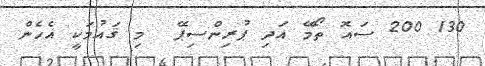
130 200 ސައޮ ތޯމޭ އަދި ޕުރިންސިޕޭ  މި ޤައުމަކީ އެހެން